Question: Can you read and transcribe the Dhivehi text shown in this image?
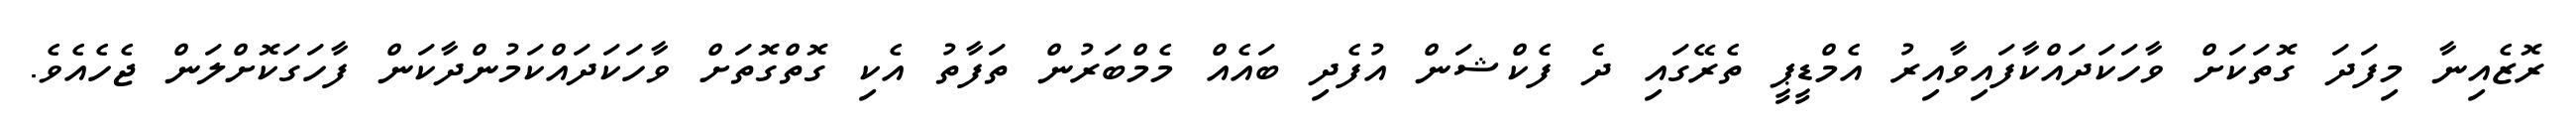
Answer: ރޮޒެއިނާ މިފަދަ ގޮތަކަށް ވާހަކަދައްކާފައިވާއިރު އެމްޑީޕީ ތެރޭގައި ދެ ފެކްޝަން އުފެދި ބައެއް މެމްބަރުން ތަފާތު އެކި ގޮތްގޮތަށް ވާހަކަދައްކަމުންދާކަން ފާހަގަކޮށްލަން ޖެހެއެވެ.